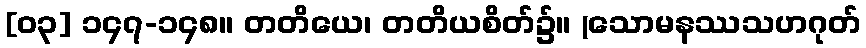
[၀၃] ၁၄၇-၁၄၈။ တတိယေ၊ တတိယစိတ်၌။ (သောမနဿသဟဂုတ်